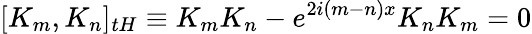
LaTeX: \lbrack K_{m},K_{n}]_{tH}\equiv K_{m}K_{n}-e^{2i(m-n)x}K_{n}K_{m}=0